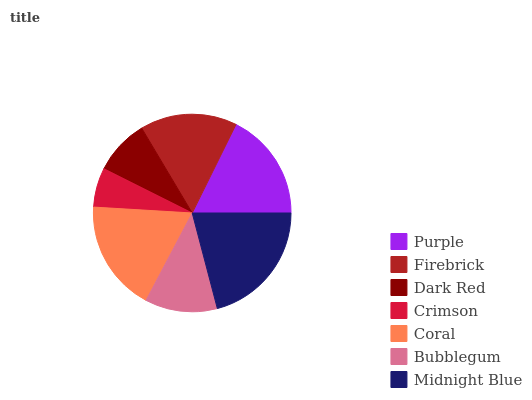
| Purple | Firebrick | Dark Red | Crimson | Coral | Bubblegum | Midnight Blue |
 | --- | --- | --- | --- | --- | --- | --- |
 | 17.7% | 15.9% | 9.09% | 6.46% | 18.2% | 11.8% | 20.9% |